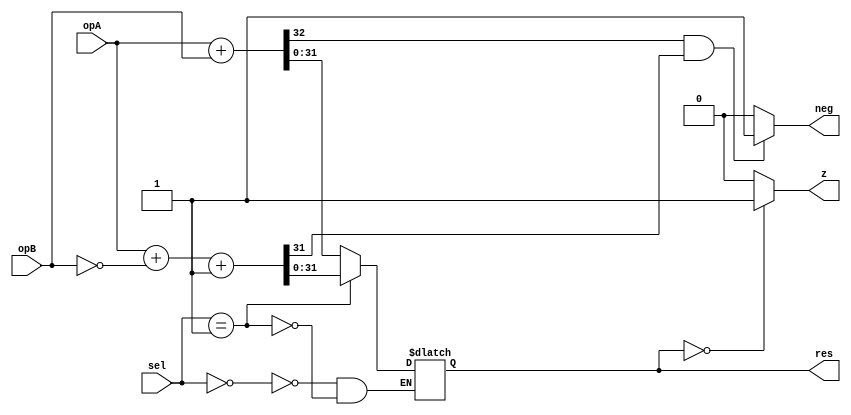
`timescale 1ns/1ps
`define WORD_WIDTH 32

module alu ( opA, opB, sel, res, z, neg );
	input [`WORD_WIDTH-1:0] opA;
	input [`WORD_WIDTH-1:0]	opB;
	input [1:0] sel;	
	output reg [31:0] res;
	output z;
	output neg;

	wire [`WORD_WIDTH-1:0] res_add;
	wire [`WORD_WIDTH-1:0] res_sub;
	wire cout;

	assign {cout, res_add} = {1'b0, opA} + {1'b0, opB};
	assign {cout, res_sub} = {1'b0, opA} + {1'b0, ~opB} + 1'b1;

	/* res output */
	always @ (*)
		case (sel)
			2'd0: res <= res_add;
			2'd1: res <= res_sub;			
		endcase

	/* zero flag */
	assign z = (res == 0) ? 1'b1 : 1'b0;

	/* negative number flag */
	assign neg = ((cout == 1'b1) && (res_sub[31] == 1'b1)) ? 1'b1 : 1'b0;

endmodule